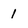
Character: 1